Vaccination North-Western Provinces and Oudh 1878-1895 - 1878-1895
Year: 1878
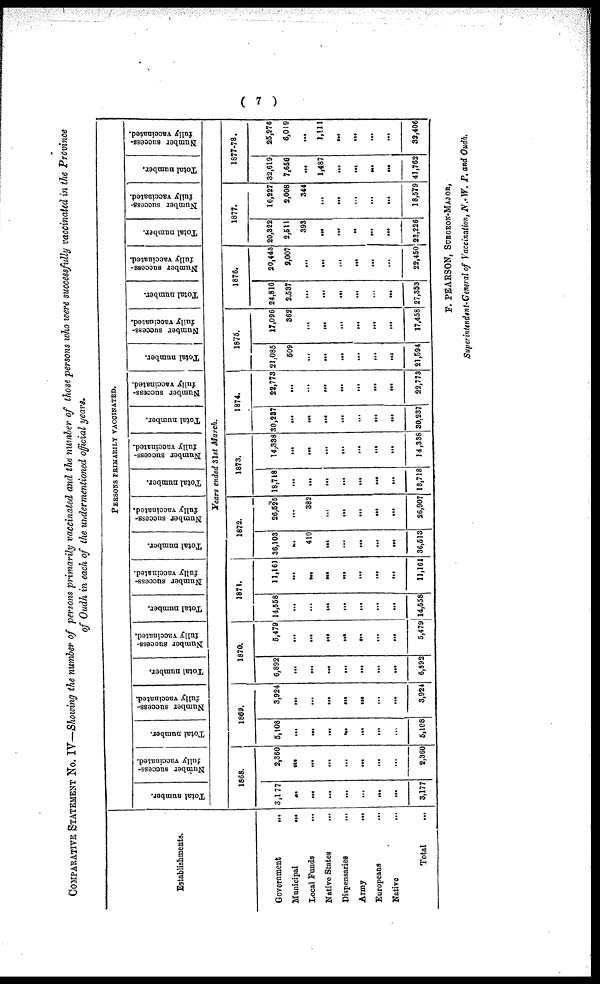
( 7 )
COMPARATIVE STATEMENT NO. IV-Showing the number of persons primarily vaccinated and the number of those persons who were successfully vaccinated in the Province
of Oudh in each of the undermentioned official years.
Establishments.
Government
...
Municipal
...
Local Funds
...
Native States
...
Dispensaries
...
Army
...
Europeans ...
Native
...
Total ...
PERSONS PRIMARILY VACCINATED.
Total number.
Number success-
fully vaccinated.
Total number.
Number success-
fully vaccinated.
Total number.
Number success-
fully vaccinated.
Total number.
Number success-
fully vaccinated.
Total number.
Number success-
fully vaccinated.
Total number.
Number success-
fully vaccinated.
Total number.
Number success-
fully vaccinated.
Total number.
Number success-
fully vaccinated.
Total number.
Number success¬
fully vaccinated.
Total number.
Number success-
fully vaccinated.
Total number.
Number success-
fully vaccinated.
Years ended 31st March.
1868.
3,177
...
...
...
...
...
...
...
3,177
2,360
...
...
...
...
...
...
...
2,360
1869.
5,108
...
...
...
...
...
...
...
5,108
3,924
...
...
...
...
...
...
...
3,924
1870.
6,892
...
...
...
...
...
...
...
6,892
5,479
...
...
...
...
...
...
...
5,479
1871.
14,558
...
...
...
...
...
...
...
14,558
11,161
...
...
...
...
...
...
...
11,161
1872.
36,103
...
410
...
...
...
...
...
36,513
26,525
...
382
...
...
...
...
...
26,907
1873.
18,718
...
...
...
...
...
...
...
18,718
14,338
...
...
...
...
...
...
...
14,338
1874.
30,287
...
...
...
...
...
...
...
30,237
22,773
...
...
...
...
...
...
...
22,773
1875.
21,085
509
...
...
...
...
...
...
21,594
17,096
362
...
...
...
...
...
...
17,458
1876.
24,816
2,537
...
...
...
...
...
...
27,353
20,443
2,007
...
...
...
...
...
...
22,450
1877.
20,322
2,511
393
...
...
...
...
...
23,226
16,227
2,008
344
...
...
...
...
...
18,579
1877-78.
32,619
7,656
...
1,487
...
...
...
...
41,762
25,276
6,019
...
1,111
...
...
...
...
32,406
F. PEARSON, SURGEON-MAJOR,
Superintendent-General of Vaccination, N.-W. P, and Oudh.